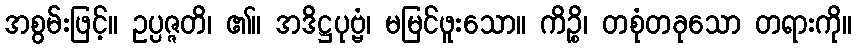
အစွမ်းဖြင့်။ ဥပ္ပဇ္ဇတိ၊ ၏။ အဒိဋ္ဌပုဗ္ဗံ၊ မမြင်ဖူးသော။ ကိဉ္စိ၊ တစုံတခုသော တရားကို။